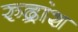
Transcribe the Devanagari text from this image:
रुद्रांश